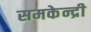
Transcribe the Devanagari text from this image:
समकेन्द्री